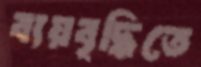
ব্যয়বৃদ্ধিতে